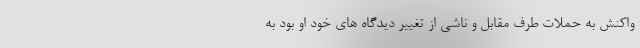
واکنش به حملات طرف مقابل و ناشی از تغییر دیدگاه های خود او بود به